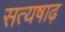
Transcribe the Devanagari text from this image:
सत्यषाढ़